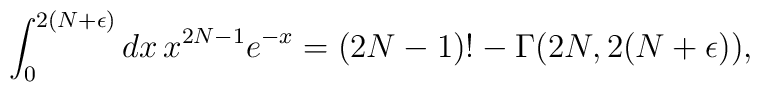
\int^{2(N+\epsilon)}_0 dx \, x^{2N-1} e^{-x} = (2N-1)!  - \Gamma(2N,2(N+\epsilon)),